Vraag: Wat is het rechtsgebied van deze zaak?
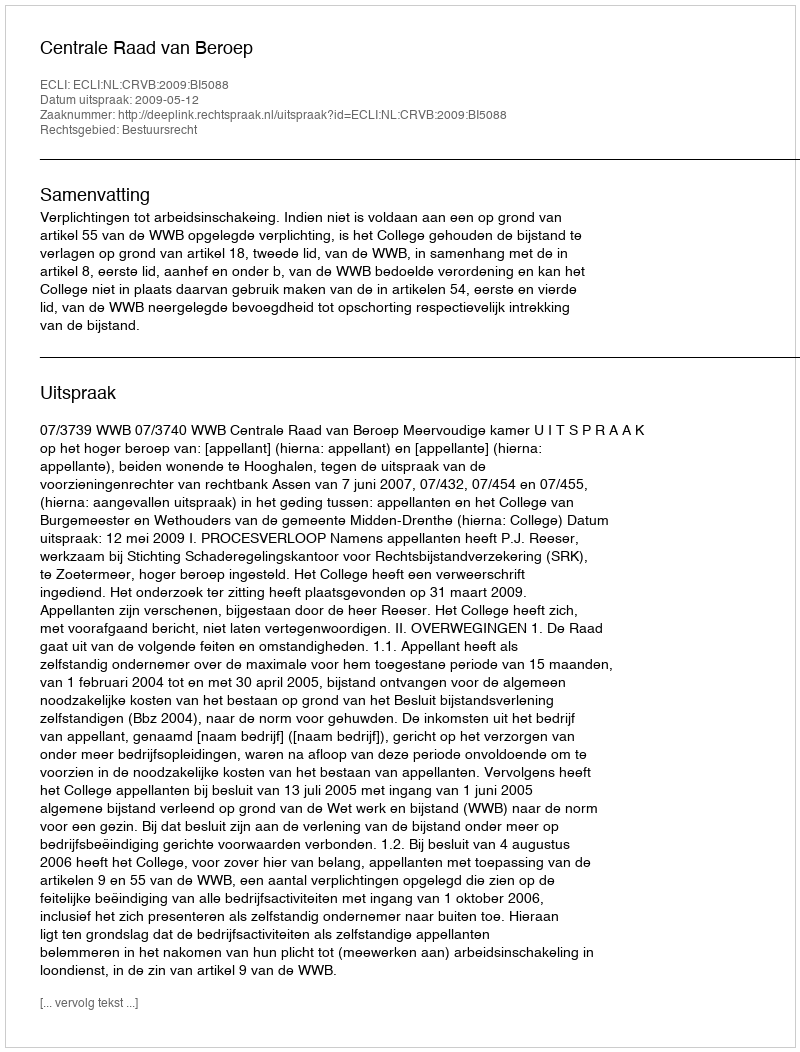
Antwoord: Bestuursrecht